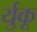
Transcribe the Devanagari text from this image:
र्युकू